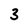
Character: 3